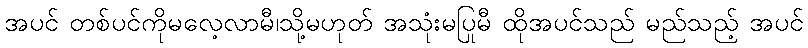
အပင် တစ်ပင်ကိုမလေ့လာမီ၊သို့မဟုတ် အသုံးမပြုမီ ထိုအပင်သည် မည်သည့် အပင်